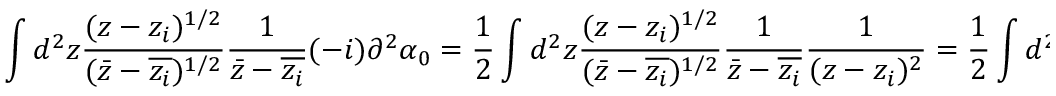
\int d ^ { 2 } z \frac { ( z - z _ { i } ) ^ { 1 / 2 } } { ( \bar { z } - \overline { { z _ { i } } } ) ^ { 1 / 2 } } \frac { 1 } { \bar { z } - \overline { { z _ { i } } } } ( - i ) \partial ^ { 2 } \alpha _ { 0 } = \frac { 1 } { 2 } \int d ^ { 2 } z \frac { ( z - z _ { i } ) ^ { 1 / 2 } } { ( \bar { z } - \overline { { z _ { i } } } ) ^ { 1 / 2 } } \frac { 1 } { \bar { z } - \overline { { z _ { i } } } } \frac { 1 } { ( z - z _ { i } ) ^ { 2 } } = \frac { 1 } { 2 } \int d ^ { 2 } z \frac { 1 } { | z - z _ { i } | ^ { 3 } }